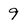
Character: 9